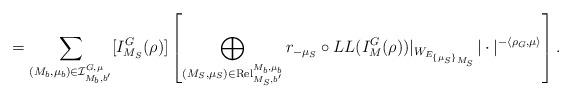
LaTeX: \begin{align*}=\sum\limits_{(M_b, \mu_b) \in \mathcal{I}^{G, \mu}_{M_b, b'}} [I^G_{M_S}(\rho)]\left[ \bigoplus_{(M_S, \mu_S) \in \mathrm{Rel}^{M_b, \mu_b}_{M_S,b'}} r_{-\mu_S} \circ LL(I^{G}_M(\rho))|_{W_{E_{\{\mu_S\}_{M_S}}}}| \cdot|^{-\langle \rho_G, \mu \rangle} \right].\end{align*}